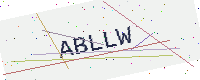
Text: ABLLW